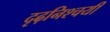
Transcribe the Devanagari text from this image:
दृढ़निश्‍चयी